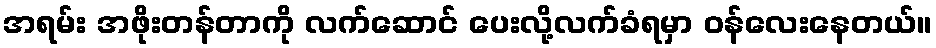
အရမ်း အဖိုးတန်တာကို လက်ဆောင် ပေးလို့လက်ခံရမှာ ဝန်လေးနေတယ်။